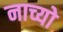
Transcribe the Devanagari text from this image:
नाच्यो